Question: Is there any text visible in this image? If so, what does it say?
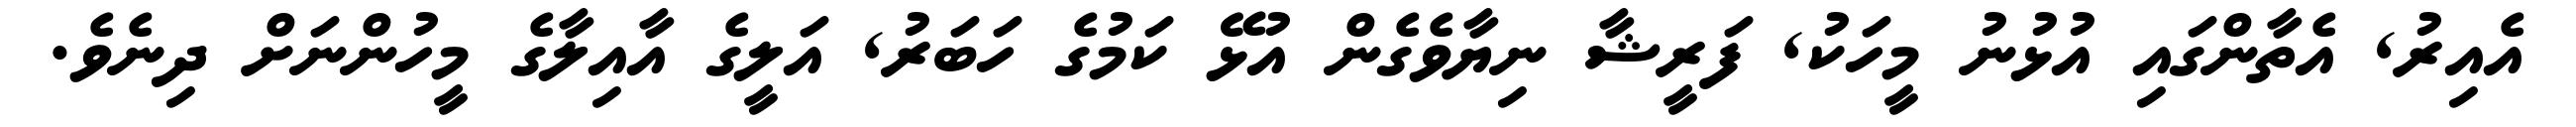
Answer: އެއިރު, އެތާންގައި އުޅުނު މީހަކު, ފަރީޝާ ނިޔާވެގެން އުޅޭ ކަމުގެ ހަބަރު, އަލީގެ އާއިލާގެ މީހުންނަށް ދިނެވެ.